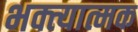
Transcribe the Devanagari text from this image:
भक्त्यात्मक